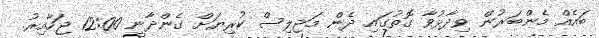
ބައެއް މެންބަރުން ވިދާޅުވާ ގޮތުގައި ދެން މަޖިލިސް ކުރިޔަށް ގެންދާނީ 12:00 ޖަހާއިރު.